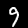
Label: 9